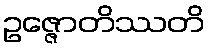
ဥဇ္ဇောတိဿတိ